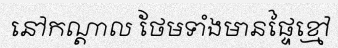
នៅកណ្តាល ថែមទាំងមានផ្ទៃខ្មៅ